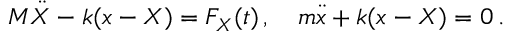
M \ddot { X } - k ( x - X ) = F _ { X } ( t ) \, , \quad m \ddot { x } + k ( x - X ) = 0 \, .